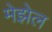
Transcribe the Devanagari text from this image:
मेझेल